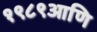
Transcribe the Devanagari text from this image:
१९८९आणि